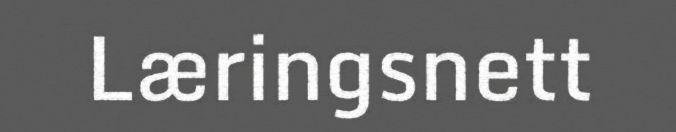
Læringsnett